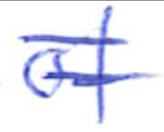
Text: of
Cross-out: double-line
Writing tool: ballpoint